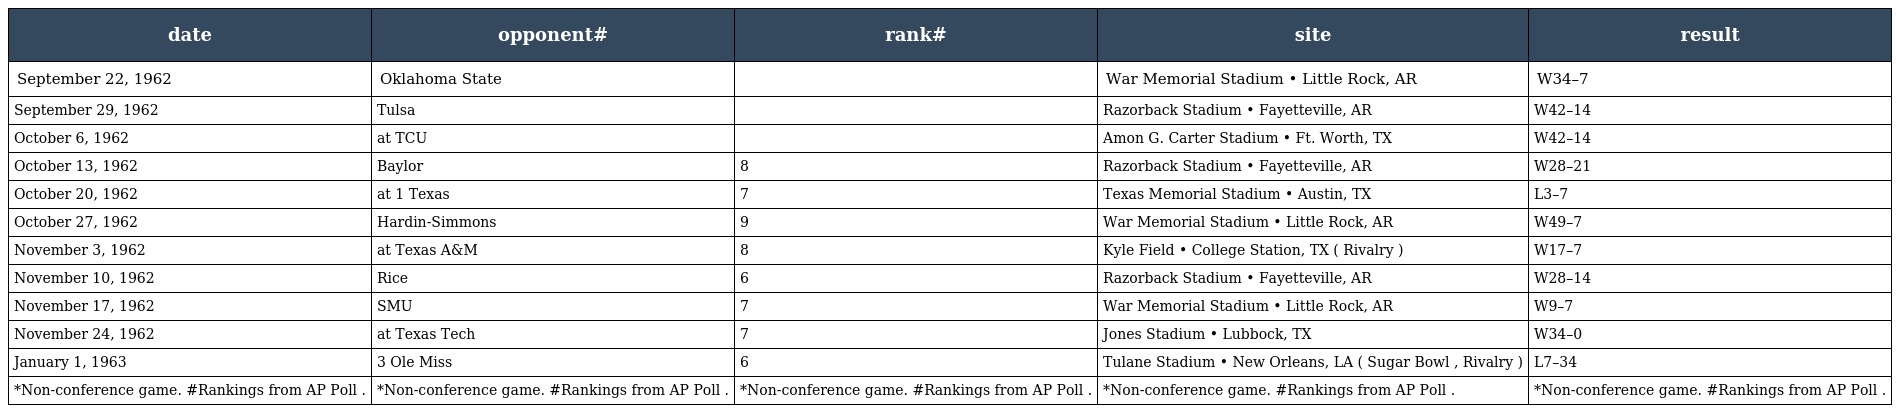
| date | opponent# | rank# | site | result |
 | --- | --- | --- | --- | --- |
 | September 22, 1962 | Oklahoma State |  | War Memorial Stadium • Little Rock, AR | W34–7 |
 | September 29, 1962 | Tulsa |  | Razorback Stadium • Fayetteville, AR | W42–14 |
 | October 6, 1962 | at TCU |  | Amon G. Carter Stadium • Ft. Worth, TX | W42–14 |
 | October 13, 1962 | Baylor | 8 | Razorback Stadium • Fayetteville, AR | W28–21 |
 | October 20, 1962 | at 1 Texas | 7 | Texas Memorial Stadium • Austin, TX | L3–7 |
 | October 27, 1962 | Hardin-Simmons | 9 | War Memorial Stadium • Little Rock, AR | W49–7 |
 | November 3, 1962 | at Texas A&M | 8 | Kyle Field • College Station, TX ( Rivalry ) | W17–7 |
 | November 10, 1962 | Rice | 6 | Razorback Stadium • Fayetteville, AR | W28–14 |
 | November 17, 1962 | SMU | 7 | War Memorial Stadium • Little Rock, AR | W9–7 |
 | November 24, 1962 | at Texas Tech | 7 | Jones Stadium • Lubbock, TX | W34–0 |
 | January 1, 1963 | 3 Ole Miss | 6 | Tulane Stadium • New Orleans, LA ( Sugar Bowl , Rivalry ) | L7–34 |
 | *Non-conference game. #Rankings from AP Poll . | *Non-conference game. #Rankings from AP Poll . | *Non-conference game. #Rankings from AP Poll . | *Non-conference game. #Rankings from AP Poll . | *Non-conference game. #Rankings from AP Poll . |